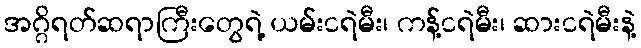
အဂ္ဂိရတ်ဆရာကြီးတွေရဲ့ ယမ်းငရဲမီး၊ ကန့်ငရဲမီး၊ ဆားငရဲမီးနဲ့